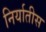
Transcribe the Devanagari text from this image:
निर्यातीस